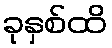
ခုနှစ်ထိ